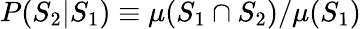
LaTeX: P(S_{2}|S_{1})\equiv\mu(S_{1}\cap S_{2})/\mu(S_{1})